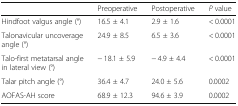
<table><thead><tr><td></td><td><b>Preoperative</b></td><td><b>Postoperative</b></td><td><b><i>P</i> value</b></td></tr></thead><tbody><tr><td>Hindfoot valgus angle (°)</td><td>16.5 ± 4.1</td><td>2.9 ± 1.6</td><td>&lt; 0.0001</td></tr><tr><td>Talonavicular uncoverage angle (°)</td><td>24.9 ± 8.5</td><td>6.5 ± 3.6</td><td>&lt; 0.0001</td></tr><tr><td>Talo-first metatarsal angle in lateral view (°)</td><td>− 18.1 ± 5.9</td><td>− 4.9 ± 4.4</td><td>&lt; 0.0001</td></tr><tr><td>Talar pitch angle (°)</td><td>36.4 ± 4.7</td><td>24.0 ± 5.6</td><td>0.0002</td></tr><tr><td>AOFAS-AH score</td><td>68.9 ± 12.3</td><td>94.6 ± 3.9</td><td>0.0002</td></tr></tbody></table>